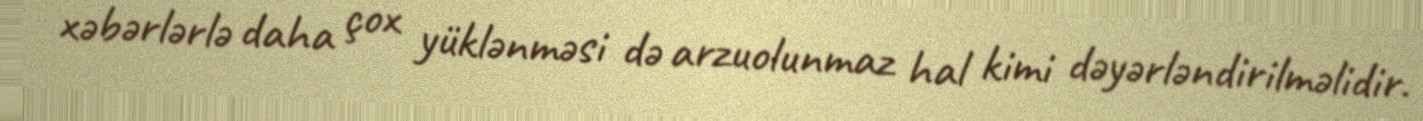
xəbərlərlə daha çox yüklənməsi də arzuolunmaz hal kimi dəyərləndirilməlidir.